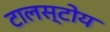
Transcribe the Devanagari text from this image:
टालस्टोय